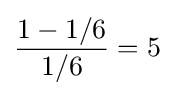
{\frac {1-1/6}{1/6}}=5